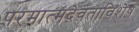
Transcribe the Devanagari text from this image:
परमात्मदेवताविशेष